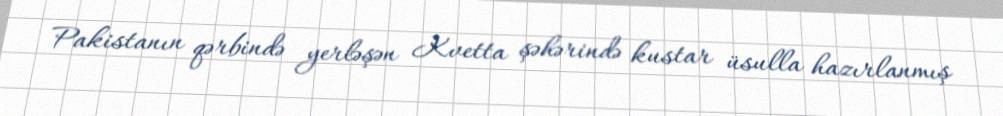
Pakistanın qərbində yerləşən Kvetta şəhərində kustar üsulla hazırlanmış